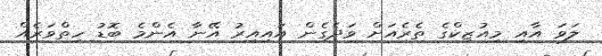
ލަވަ އާއި މިއުޒިކްގެ ތެރެއަށް ވަދެގެން އައިއިރު އޭނާ އެންމެ ބޮޑު ހިތްވަރެއް